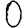
Digit: 0